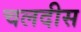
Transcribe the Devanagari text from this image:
चलदीस